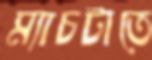
ম্যাচটাতে